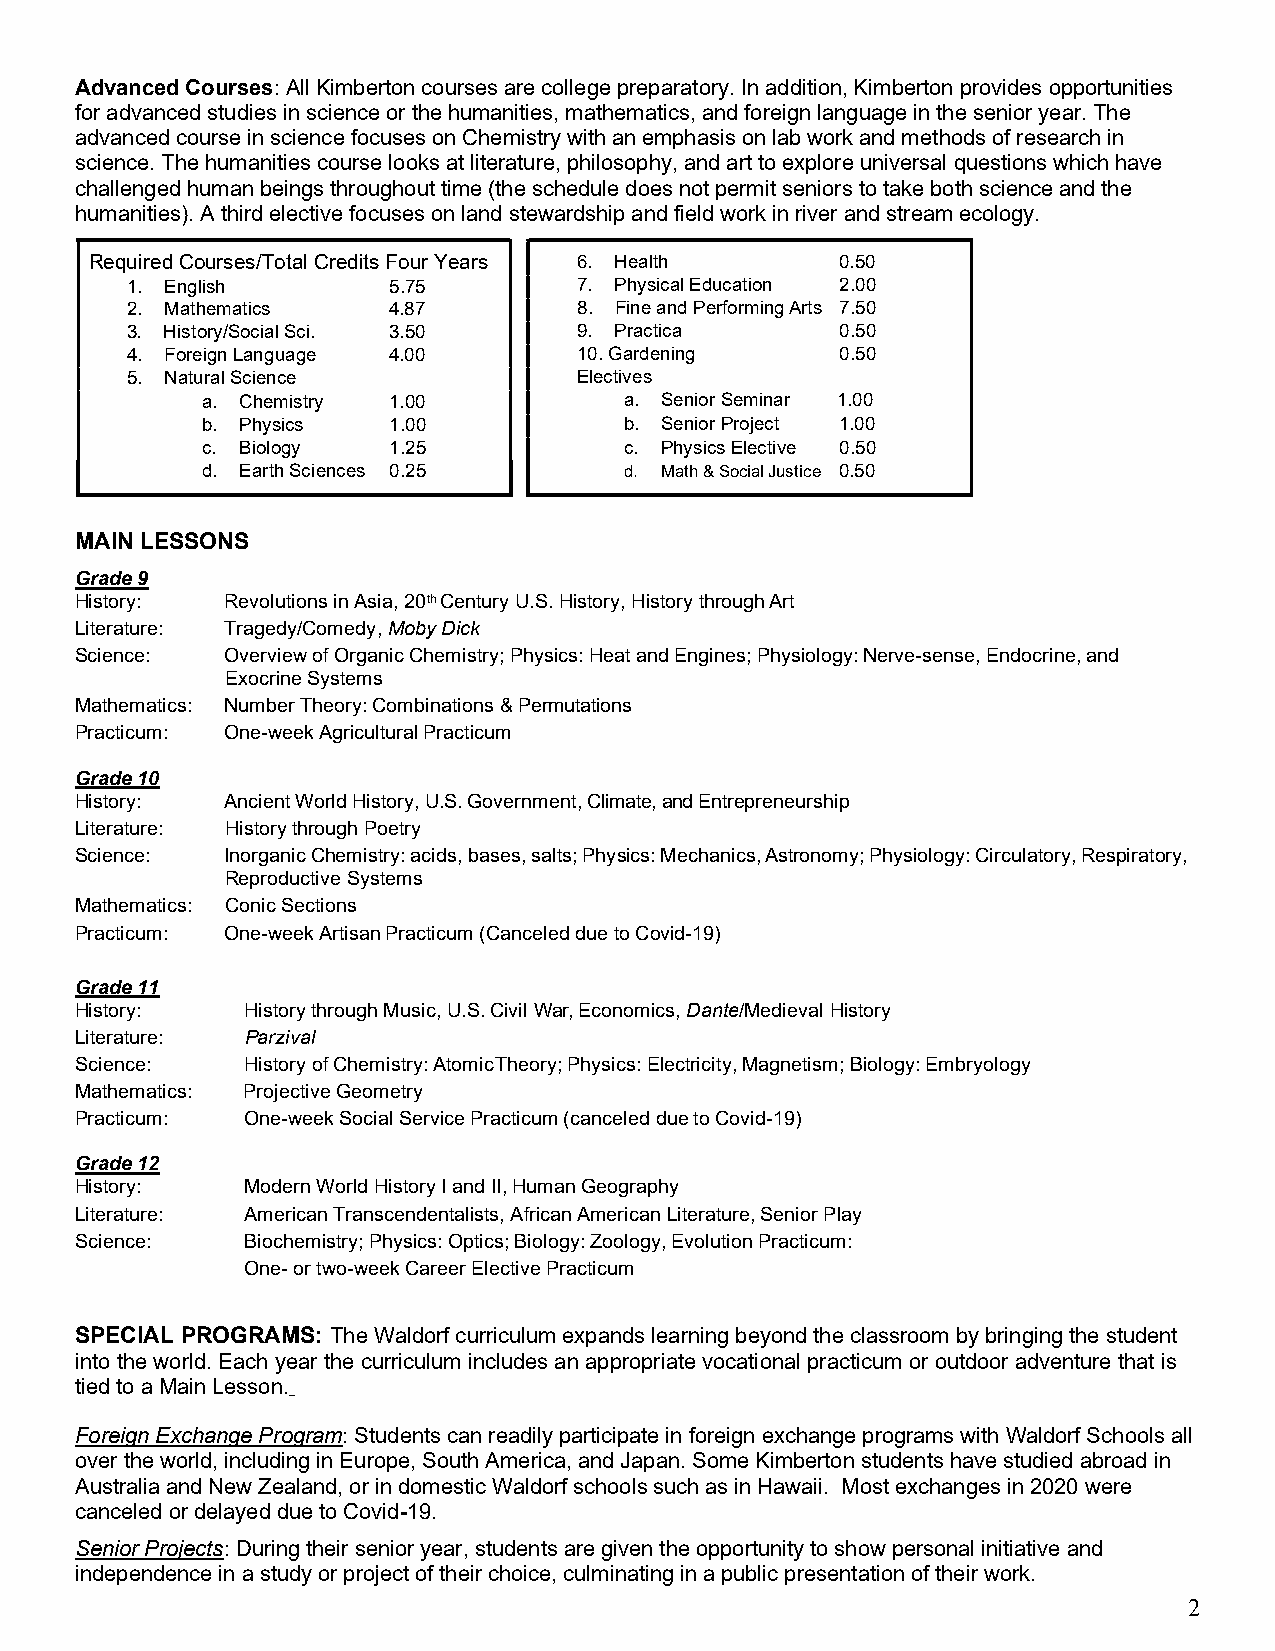
Advanced Courses: All Kimberton courses are college preparatory. In addition, Kimberton provides opportunities
 for advanced studies in science or the humanities, mathematics, and foreign language in the senior year. The
 advanced course in science focuses on Chemistry with an emphasis on lab work and methods of research in
 science. The humanities course looks at literature, philosophy, and art to explore universal questions which have
 challenged human beings throughout time (the schedule does not permit seniors to take both science and the
 humanities). A third elective focuses on land stewardship and field work in river and stream ecology.
 Required Courses/Total Credits Four Years 6. Health 0.50
 1. English        5.75        7. Physical Education 2.00
 2. Mathematics    4.87        8. Fine and Performing Arts 7.50
 3. History/Social Sci. 3.50   9. Practica       0.50
 4. Foreign Language 4.00      10. Gardening     0.50
 5. Natural Science            Electives
 a. Chemistry 1.00           a. Senior Seminar 1.00
 b. Physics   1.00           b. Senior Project 1.00
 c. Biology   1.25           c. Physics Elective 0.50
 d. Earth Sciences 0.25      d. Math & Social Justice 0.50
 MAIN LESSONS
 Grade 9
 History:  Revolutions in Asia, 20th Century U.S. History, History through Art
 Literature: Tragedy/Comedy, Moby Dick
 Science:  Overview of Organic Chemistry; Physics: Heat and Engines; Physiology: Nerve-sense, Endocrine, and
 Exocrine Systems
 Mathematics: Number Theory: Combinations & Permutations
 Practicum: One-week Agricultural Practicum
 Grade 10
 History:  Ancient World History, U.S. Government, Climate, and Entrepreneurship
 Literature: History through Poetry
 Science:  Inorganic Chemistry: acids, bases, salts; Physics: Mechanics, Astronomy; Physiology: Circulatory, Respiratory,
 Reproductive Systems
 Mathematics: Conic Sections
 Practicum: One-week Artisan Practicum (Canceled due to Covid-19)
 Grade 11
 History:   History through Music, U.S. Civil War, Economics, Dante/Medieval History
 Literature: Parzival
 Science:   History of Chemistry: Atomic Theory; Physics: Electricity, Magnetism; Biology: Embryology
 Mathematics: Projective Geometry
 Practicum: One-week Social Service Practicum (canceled due to Covid-19)
 Grade 12
 History:   Modern World History I and II, Human Geography
 Literature: American Transcendentalists, African American Literature, Senior Play
 Science:   Biochemistry; Physics: Optics; Biology: Zoology, Evolution Practicum:
 One- or two-week Career Elective Practicum
 SPECIAL PROGRAMS: The Waldorf curriculum expands learning beyond the classroom by bringing the student
 into the world. Each year the curriculum includes an appropriate vocational practicum or outdoor adventure that is
 tied to a Main Lesson.
 Foreign Exchange Program: Students can readily participate in foreign exchange programs with Waldorf Schools all
 over the world, including in Europe, South America, and Japan. Some Kimberton students have studied abroad in
 Australia and New Zealand, or in domestic Waldorf schools such as in Hawaii. Most exchanges in 2020 were
 canceled or delayed due to Covid-19.
 Senior Projects: During their senior year, students are given the opportunity to show personal initiative and
 independence in a study or project of their choice, culminating in a public presentation of their work.
 2